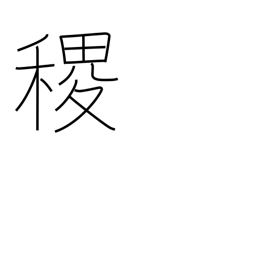
Meaning: millet